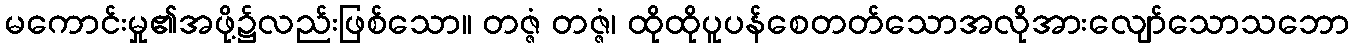
မကောင်းမှု၏အဖို့၌လည်းဖြစ်သော။ တဇ္ဇံ တဇ္ဇံ၊ ထိုထိုပူပန်စေတတ်သောအလိုအားလျော်သောသဘော